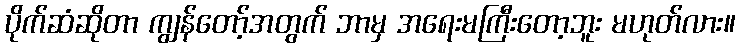
ပိုက်ဆံဆိုတာ ကျွန်တော့်အတွက် ဘာမှ အရေးမကြီးတော့ဘူး မဟုတ်လား။